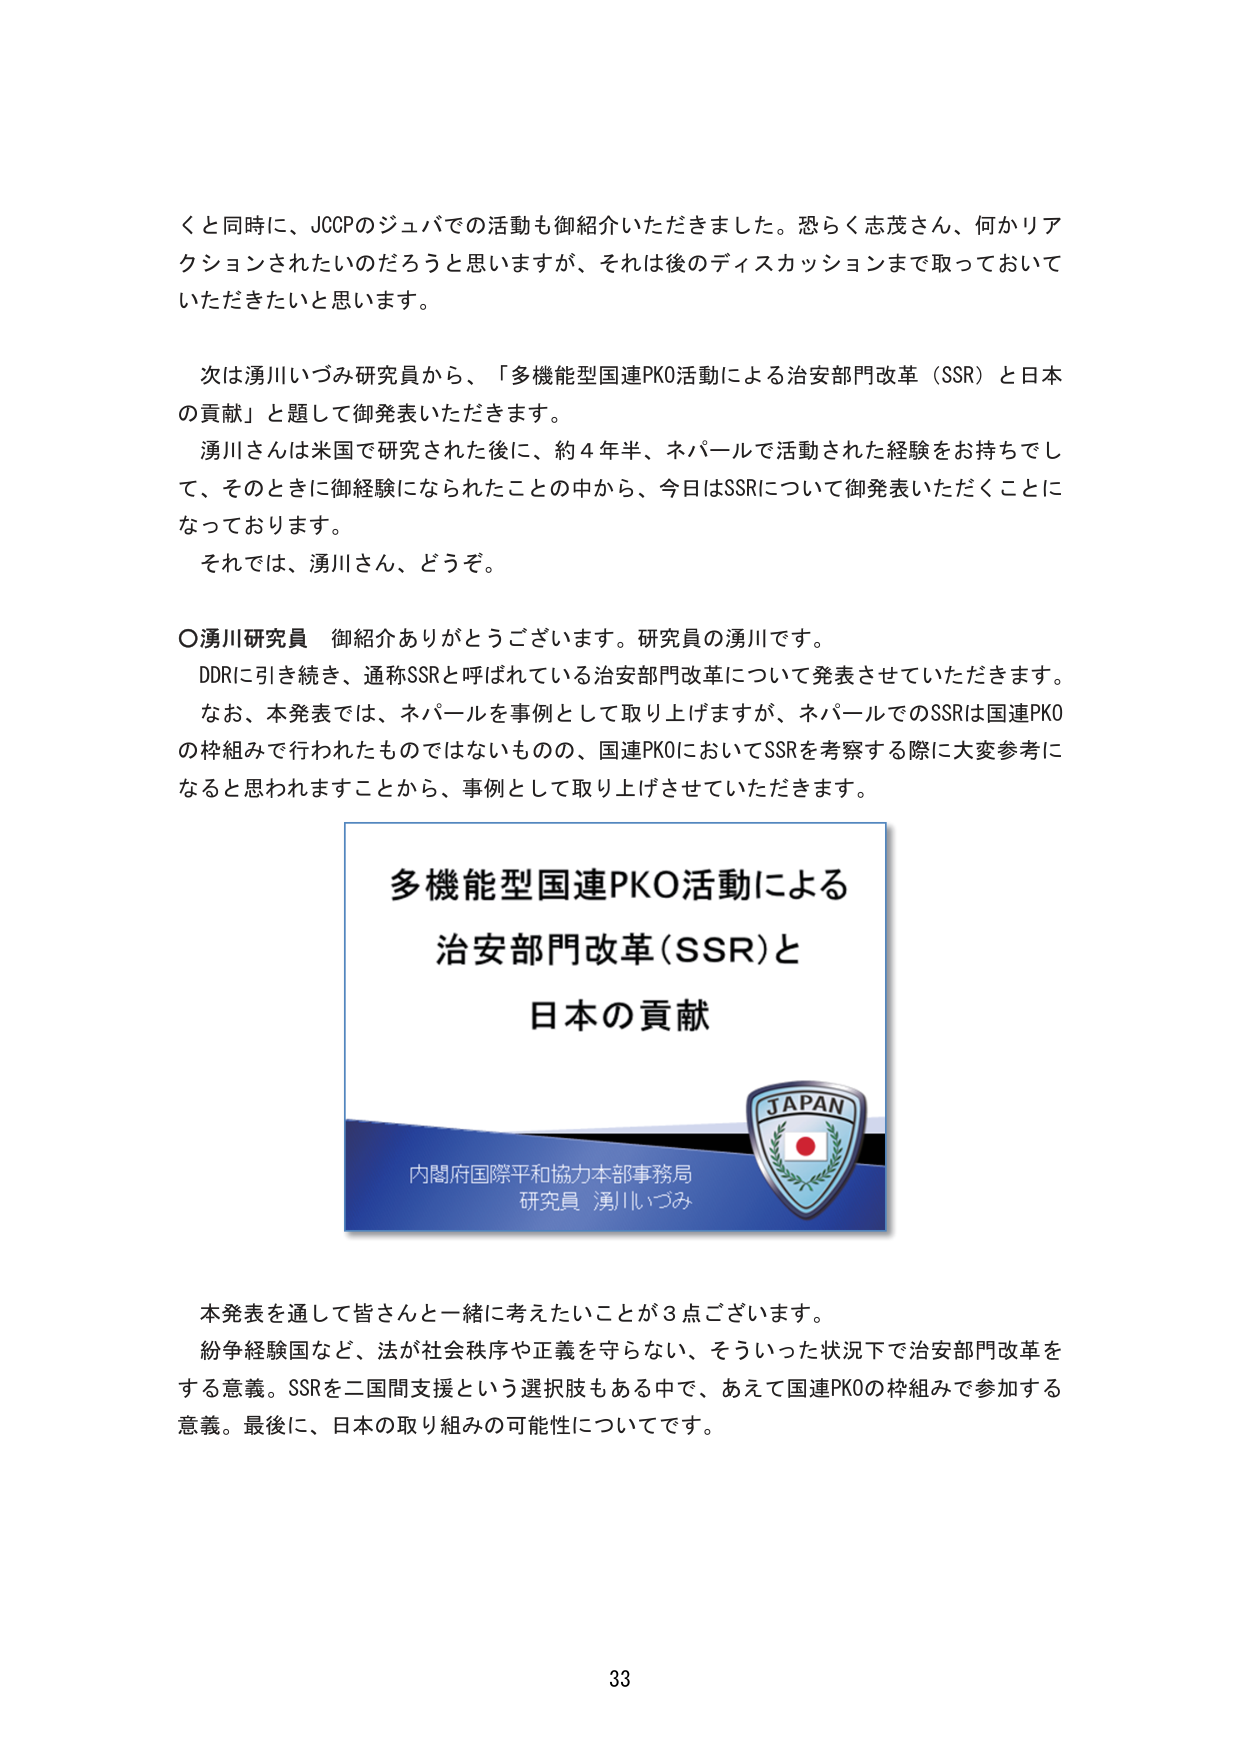
くと同時に、JCCPのジュバでの活動も御紹介いただきました。恐らく志茂さん、何かリアクションされたいのだろうと思いますが、それは後のディスカッションまで取っておいていただきたいと思います。

次は湧川いづみ研究員から、「多機能型国連PKO活動による治安部門改革（SSR）と日本の貢献」と題して御発表いただきます。
湧川さんは米国で研究された後に、約４年半、ネパールで活動された経験をお持ちでして、そのときに御経験になられたことの中から、今日はSSRについて御発表いただくことになっております。
それでは、湧川さん、どうぞ。

〇湧川研究員 御紹介ありがとうございます。研究員の湧川です。
DDRに引き続き、通称SSRと呼ばれている治安部門改革について発表させていただきます。
なお、本発表では、ネパールを事例として取り上げますが、ネパールでのSSRは国連PKOの枠組みで行われたものではないものの、国連PKOにおいてSSRを考察する際に大変参考になると思われますことから、事例として取り上げさせていただきます。

多機能型国連PKO活動による
治安部門改革(SSR)と
日本の貢献

JAPAN

内閣府国際平和協力本部事務局
研究員 湧川いづみ

本発表を通して皆さんと一緒に考えたいことが３点ございます。
紛争経験国など、法が社会秩序や正義を守らない、そういった状況下で治安部門改革をする意義。SSRを二国間支援という選択肢もある中で、あえて国連PKOの枠組みで参加する意義。最後に、日本の取り組みの可能性についてです。

33